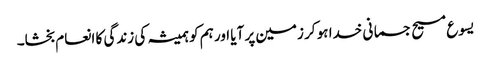
یسوع مسیح جسمانی خدا ہو کر زمین پر آیا اور ہم کو ہمیشہ کی زندگی کا انعام بخشا۔